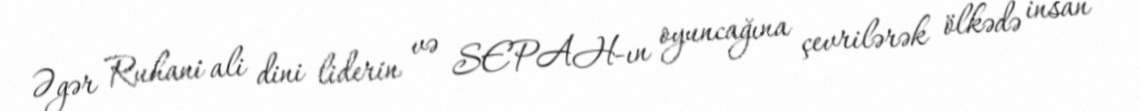
Əgər Ruhani ali dini liderin və SEPAH-ın oyuncağına çevrilərək ölkədə insan